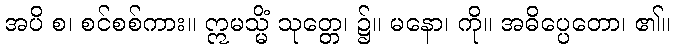
အပိ စ၊ စင်စစ်ကား။ ဣမသ္မိံ သုတ္တေ၊ ၌။ မနော၊ ကို။ အဓိပ္ပေတော၊ ၏။